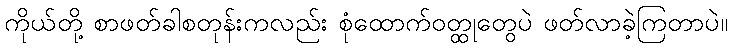
ကိုယ်တို့ စာဖတ်ခါစတုန်းကလည်း စုံထောက်ဝတ္ထုတွေပဲ ဖတ်လာခဲ့ကြတာပဲ။